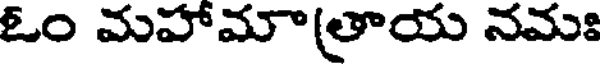
ఓం మహామా(తాయ నమః